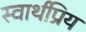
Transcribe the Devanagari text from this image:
स्वार्थप्रिय